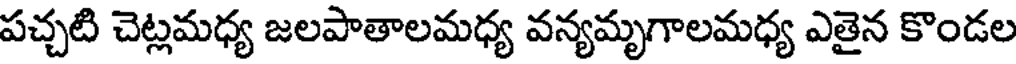
పచ్చటి చెట్లమధ్య జలపాతాలమధ్య వన్యమృగాలమధ్య ఎతైన కొండల